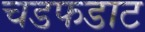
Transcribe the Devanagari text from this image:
चडफडाट